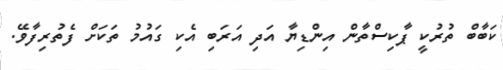
ކަބާބް ތުރުކީ ޕާކިސްތާން އިންޑިޔާ އަދި އަރަބި އެކި ގައުމު ތަކަށް ފެތުރިފާވޭ.